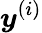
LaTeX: \boldsymbol y^{(i)}